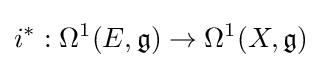
i^{*}:\Omega ^{1}(E,{\mathfrak {g}})\to \Omega ^{1}(X,{\mathfrak {g}})